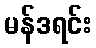
မန်ဒရင်း